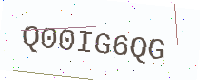
Text: Q00IG6QG